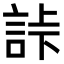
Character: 𧧎